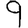
Digit: 9